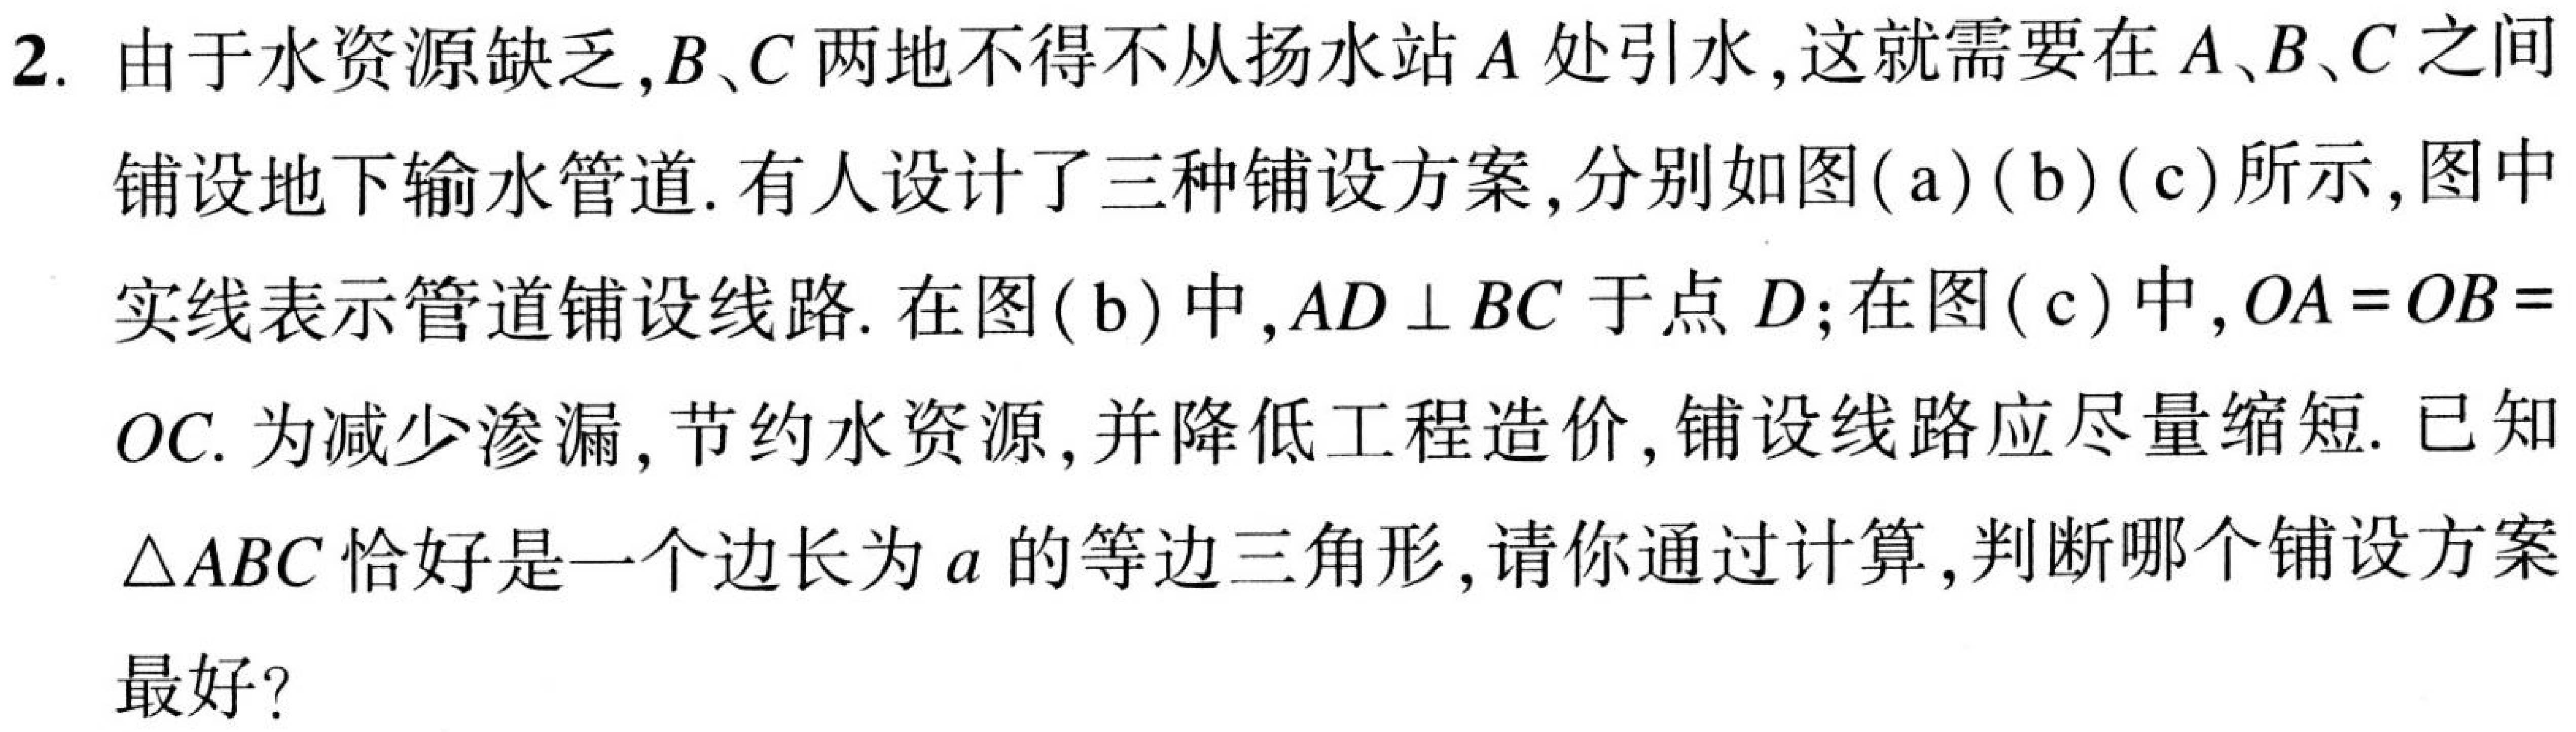
2. 由于水资源缺乏,\(B\)、\(C\) 两地不得不从扬水站 \(A\) 处引水,这就需要在 \(A\)、\(B\)、\(C\) 之间铺设地下输水管道. 有人设计了三种铺设方案,分别如图(\(a\))(\(b\))(\(c\))所示,图中实线表示管道铺设线路. 在图(\(b\))中,\(AD\perp BC\) 于点 \(D\);在图(\(c\))中,\(OA = OB = OC\). 为减少渗漏,节约水资源,并降低工程造价,铺设线路应尽量缩短. 已知\(\triangle ABC\) 恰好是一个边长为 \(a\) 的等边三角形,请你通过计算,判断哪个铺设方案最好?